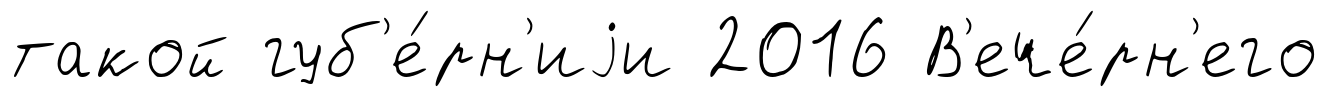
такой губ'е́рн'иjи 2016 В'ече́рн'его